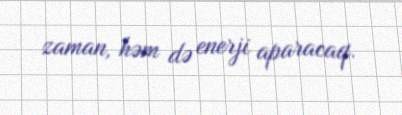
zaman, həm də enerji aparacaq.